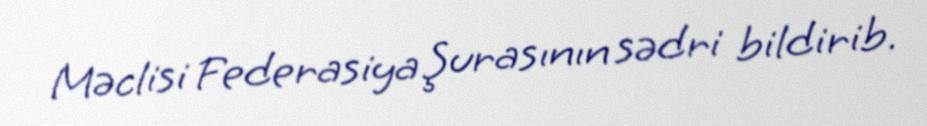
Məclisi Federasiya Şurasının sədri bildirib.